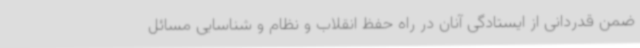
ضمن قدردانی از ایستادگی آنان در راه حفظ انقلاب و نظام و شناسایی مسائل